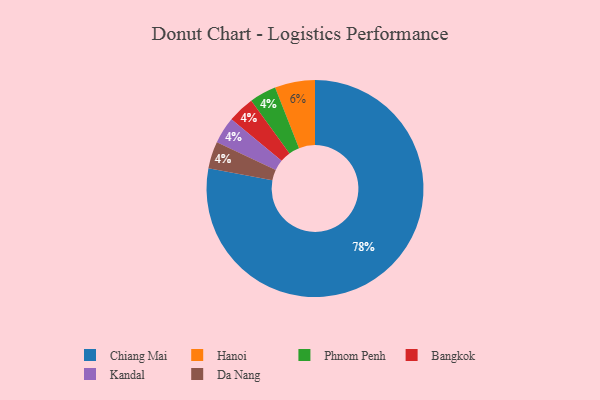
{"axis": {"x": "Category", "y": "Percentage"}, "legend": ["Bangkok", "Chiang Mai", "Da Nang", "Hanoi", "Kandal", "Phnom Penh"], "data": [{"x": "Phnom Penh", "y": 4, "type": "Phnom Penh"}, {"x": "Bangkok", "y": 4, "type": "Bangkok"}, {"x": "Chiang Mai", "y": 78, "type": "Chiang Mai"}, {"x": "Kandal", "y": 4, "type": "Kandal"}, {"x": "Hanoi", "y": 6, "type": "Hanoi"}, {"x": "Da Nang", "y": 4, "type": "Da Nang"}]}